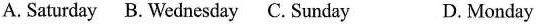
A. Saturday B. Wednesday C. Sunday D.Monday ( )